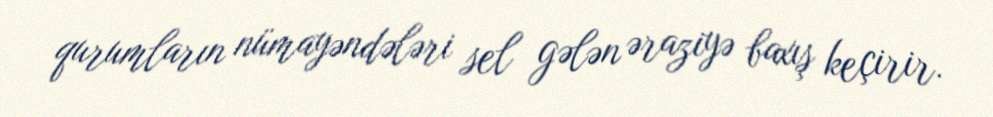
qurumların nümayəndələri sel gələn əraziyə baxış keçirir.